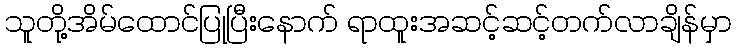
သူတို့အိမ်ထောင်ပြုပြီးနောက် ရာထူးအဆင့်ဆင့်တက်လာချိန်မှာ